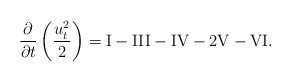
\begin{align*}\frac{\partial}{\partial t}\left(\frac{u_t^2}{2}\right) = {\rm I} - {\rm III} - {\rm IV} - 2 {\rm V} - {\rm VI}.\end{align*}